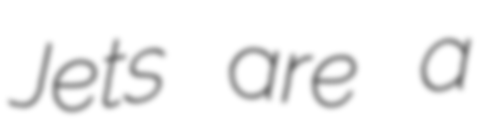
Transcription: Jets are a